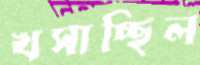
খসাচ্ছিল